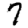
Digit: 7